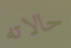
حالاته